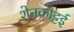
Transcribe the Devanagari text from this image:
शेनकोट्टई